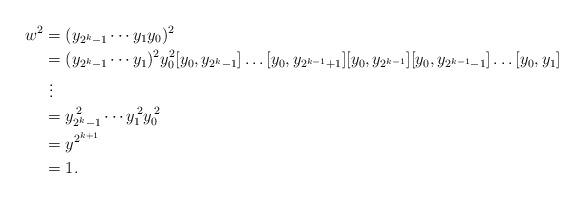
LaTeX: \begin{align*} w^2 &= ( y_{2^k-1}\cdots y_1y_0 )^2\\ &= (y_{2^k-1}\cdots y_1)^2y_0^2[y_0,y_{2^{k}-1}]\ldots [y_0,y_{2^{k-1}+1}][y_0,y_{2^{k-1}}] [y_0,y_{2^{k-1}-1}]\ldots[y_0,y_1]\\ &\,\,\vdots \\ &= y_{2^k-1}^{\, 2} \cdots y_1^{\, 2} y_0^{\, 2}\\ &= y^{2^{k+1}} \\ &= 1. \end{align*}